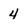
Character: 4